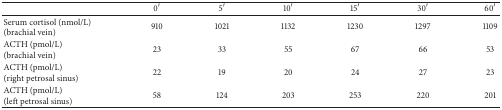
<table><thead><tr><td><b> </b></td><td><b>0′</b></td><td><b>5′</b></td><td><b>10′</b></td><td><b>15′</b></td><td><b>30′</b></td><td><b>60′</b></td></tr></thead><tbody><tr><td>Serum cortisol (nmol/L) (brachial vein)</td><td> 910</td><td> 1021</td><td> 1132</td><td> 1230</td><td> 1297</td><td> 1109</td></tr><tr><td>ACTH (pmol/L) (brachial vein)</td><td> 23</td><td>33</td><td>55</td><td> 67</td><td> 66</td><td> 53</td></tr><tr><td>ACTH (pmol/L) (right petrosal sinus)</td><td> 22</td><td> 19</td><td> 20</td><td> 24</td><td> 27</td><td> 23</td></tr><tr><td>ACTH (pmol/L) (left petrosal sinus)</td><td> 58</td><td>124</td><td> 203</td><td> 253</td><td> 220</td><td> 201</td></tr></tbody></table>